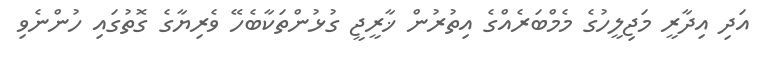
އަދި އިދާރީ މަޖިލީހުގެ މެމްބަރެއްގެ އިތުރުން ޚާރީޖީ ގުޅުންތަކާބެހޭ ވެރިޔާގެ ގޮތުގައި ހުންނެވި